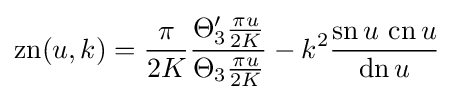
\operatorname {zn} (u,k)={\frac {\pi }{2K}}{\frac {\Theta _{3}'{\frac {\pi u}{2K}}}{\Theta _{3}{\frac {\pi u}{2K}}}}-k^{2}{\frac {\operatorname {sn} {u}\,\operatorname {cn} {u}}{\operatorname {dn} {u}}}